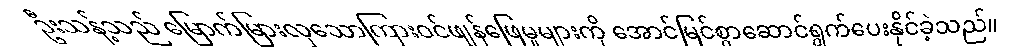
ဦးသန့်သည် မြောက်မြားလှသောကြားဝင်ဖျန်ဖြေမှုများကို အောင်မြင်စွာဆောင်ရွက်ပေးနိုင်ခဲ့သည်။